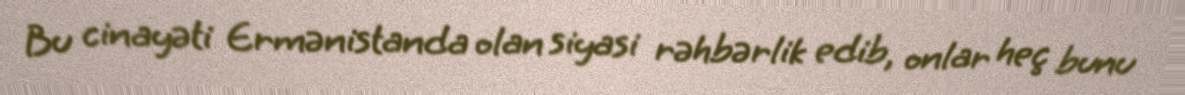
Bu cinayəti Ermənistanda olan siyasi rəhbərlik edib, onlar heç bunu